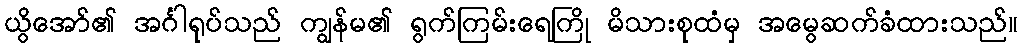
ယွိအော်၏ အင်္ဂါရုပ်သည် ကျွန်မ၏ ရွက်ကြမ်းရေကြို မိသားစုထံမှ အမွေဆက်ခံထားသည်။